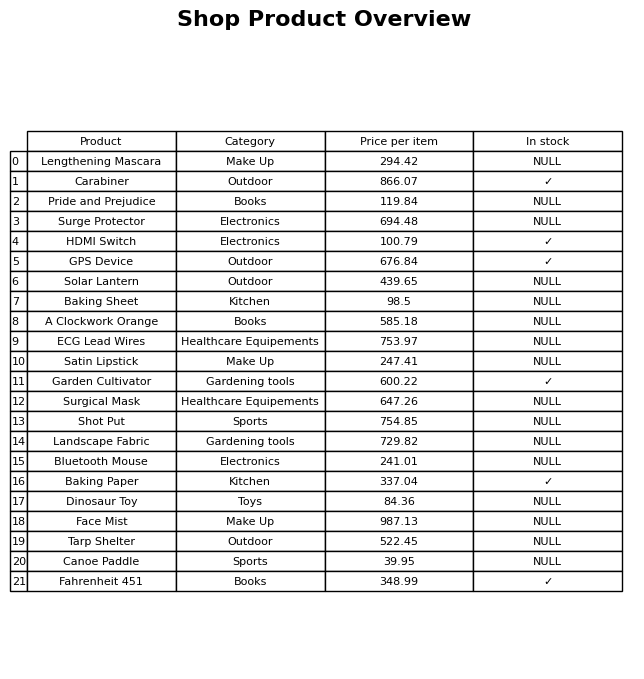
question: What is the price of the Satin Lipstick?
answer: The price of Satin Lipstick is 247.41.